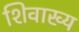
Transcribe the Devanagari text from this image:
शिवाख्य